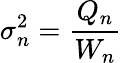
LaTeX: \sigma_{n}^{2}={\frac{Q_{n}}{W_{n}}}